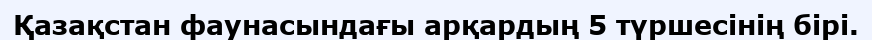
Қазақстан фаунасындағы арқардың 5 түршесінің бірі.